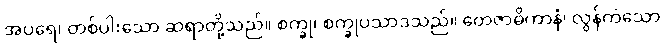
အပရေ၊ တစ်ပါးသော ဆရာတို့သည်။ စက္ခု၊ စက္ခုပသာဒသည်။ တေဇာဓိကာနံ၊ လွန်ကဲသော